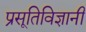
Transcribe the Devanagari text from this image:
प्रसूतिविज्ञानी